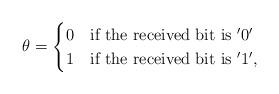
LaTeX: \begin{align*}\theta = \begin{cases} 0 &\mbox{if the received bit is $'0'$} \\1 & \mbox{if the received bit is $'1'$}, \end{cases} \end{align*}